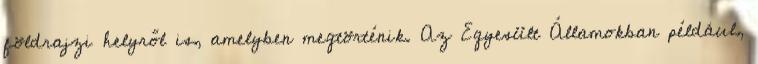
földrajzi helyről is, amelyben megtörténik. Az Egyesült Államokban például,